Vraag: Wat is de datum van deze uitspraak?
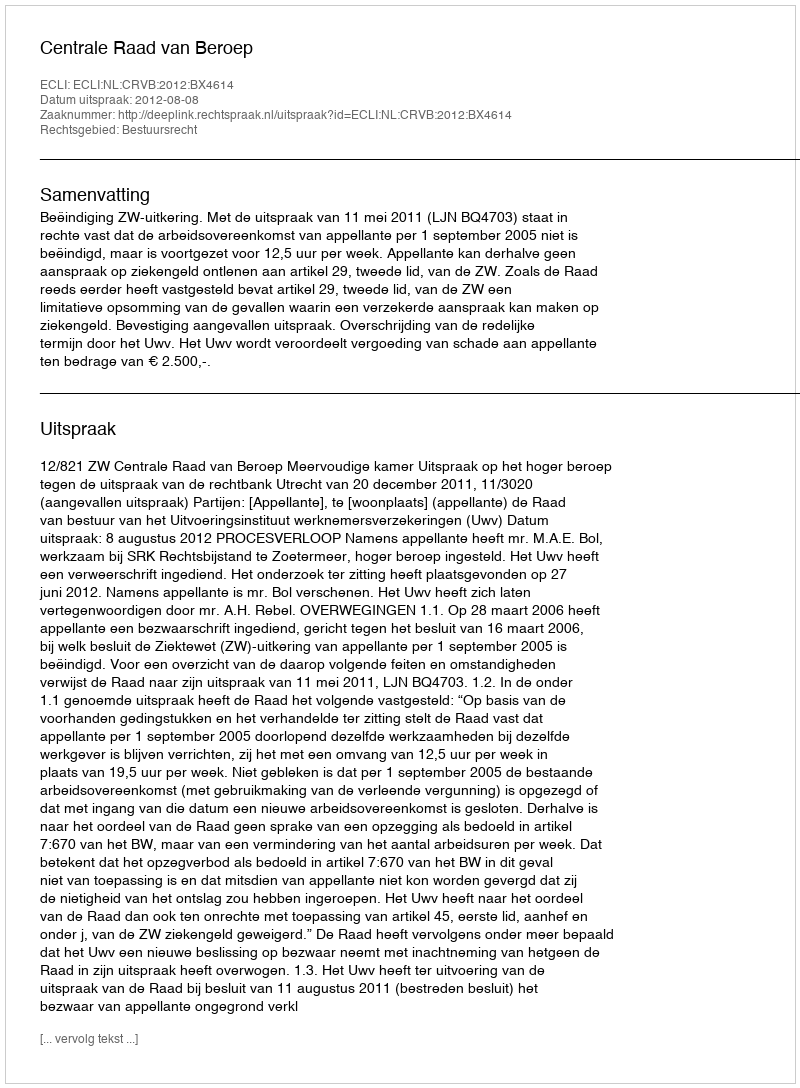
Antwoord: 2012-08-08